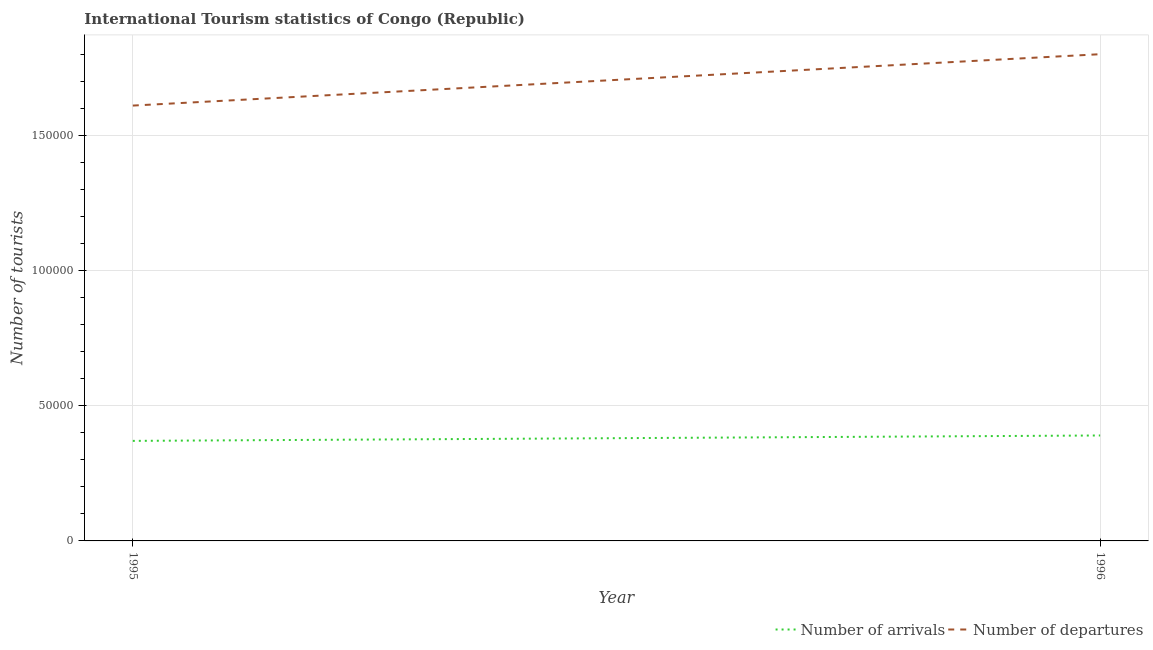
| Year | Number of arrivals | Number of departures |
 | --- | --- | --- |
 | 1995 | 3.7e+04 | 1.61e+05 |
 | 1996 | 3.9e+04 | 1.8e+05 |